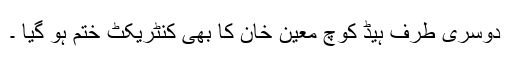
دوسری طرف ہیڈ کوچ معین خان کا بھی کنٹریکٹ ختم ہو گیا ۔